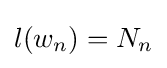
l(w_{n})=N_{n}